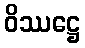
ဝိဿဋ္ဌေ